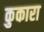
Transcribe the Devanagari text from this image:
कुकारा